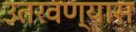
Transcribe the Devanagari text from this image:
उतरवण्यास